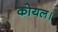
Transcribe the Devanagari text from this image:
कोयल।